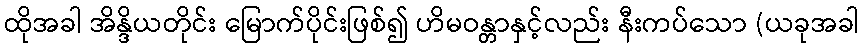
ထိုအခါ အိန္ဒိယတိုင်း မြောက်ပိုင်းဖြစ်၍ ဟိမဝန္တာနှင့်လည်း နီးကပ်သော (ယခုအခါ